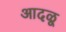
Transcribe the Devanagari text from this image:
आदळू